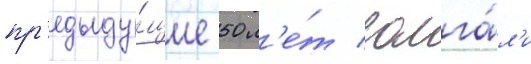
пр'едыду́щие 50 л'е́т солга́л'и